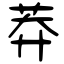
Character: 莽